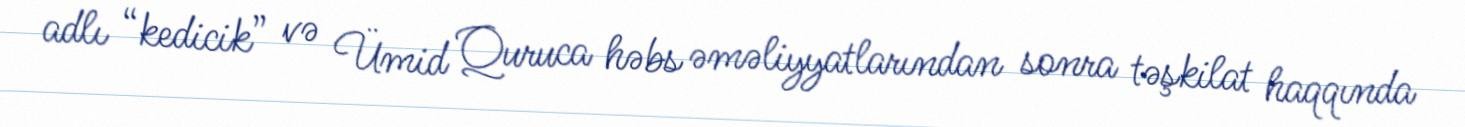
adlı “kedicik” və Ümid Quruca həbs əməliyyatlarından sonra təşkilat haqqında